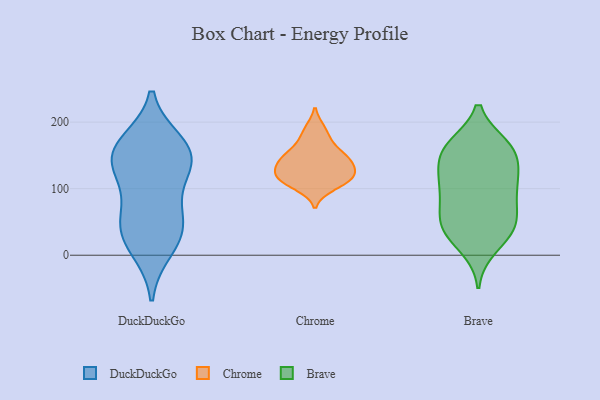
{"axis": {"x": "Humidity (%)", "y": "Value"}, "legend": ["Brave", "Chrome", "DuckDuckGo"], "data": [{"x": "", "y": 141, "type": "DuckDuckGo"}, {"x": "", "y": 97, "type": "DuckDuckGo"}, {"x": "", "y": 144, "type": "DuckDuckGo"}, {"x": "", "y": 167, "type": "DuckDuckGo"}, {"x": "", "y": 46, "type": "DuckDuckGo"}, {"x": "", "y": 149, "type": "DuckDuckGo"}, {"x": "", "y": 11, "type": "DuckDuckGo"}, {"x": "", "y": 45, "type": "DuckDuckGo"}, {"x": "", "y": 155, "type": "DuckDuckGo"}, {"x": "", "y": 37, "type": "DuckDuckGo"}, {"x": "", "y": 103, "type": "Chrome"}, {"x": "", "y": 148, "type": "Chrome"}, {"x": "", "y": 130, "type": "Chrome"}, {"x": "", "y": 146, "type": "Chrome"}, {"x": "", "y": 168, "type": "Chrome"}, {"x": "", "y": 116, "type": "Chrome"}, {"x": "", "y": 189, "type": "Chrome"}, {"x": "", "y": 141, "type": "Chrome"}, {"x": "", "y": 116, "type": "Chrome"}, {"x": "", "y": 118, "type": "Chrome"}, {"x": "", "y": 31, "type": "Brave"}, {"x": "", "y": 159, "type": "Brave"}, {"x": "", "y": 164, "type": "Brave"}, {"x": "", "y": 155, "type": "Brave"}, {"x": "", "y": 75, "type": "Brave"}, {"x": "", "y": 76, "type": "Brave"}, {"x": "", "y": 107, "type": "Brave"}, {"x": "", "y": 12, "type": "Brave"}, {"x": "", "y": 116, "type": "Brave"}, {"x": "", "y": 43, "type": "Brave"}, {"x": "", "y": 131, "type": "Brave"}, {"x": "", "y": 162, "type": "Brave"}, {"x": "", "y": 50, "type": "Brave"}, {"x": "", "y": 49, "type": "Brave"}, {"x": "", "y": 38, "type": "Brave"}, {"x": "", "y": 160, "type": "Brave"}, {"x": "", "y": 102, "type": "Brave"}, {"x": "", "y": 110, "type": "Brave"}]}